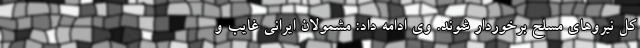
کل نیروهای مسلح برخوردار شوند. وی ادامه داد: مشمولان ایرانی غایب و